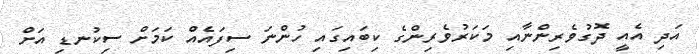
އަދި އެއީ ދޮގުވެރިންނާއި މަކަރުވެރިންގެ ކިބައިގައި ހުންނަ ސިފައެއް ކަމަށް ސިކުނޑި އަށް